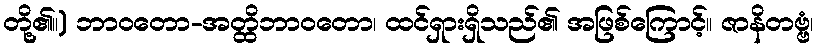
တို့၏။) ဘာဝတော-အတ္ထိဘာဝတော၊ ထင်ရှားရှိသည်၏ အဖြစ်ကြောင့်။ ဇာနိတဗ္ဗံ၊